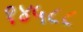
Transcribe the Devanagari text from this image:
१४५८८